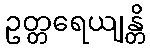
ဥတ္တရေယျန္တိ